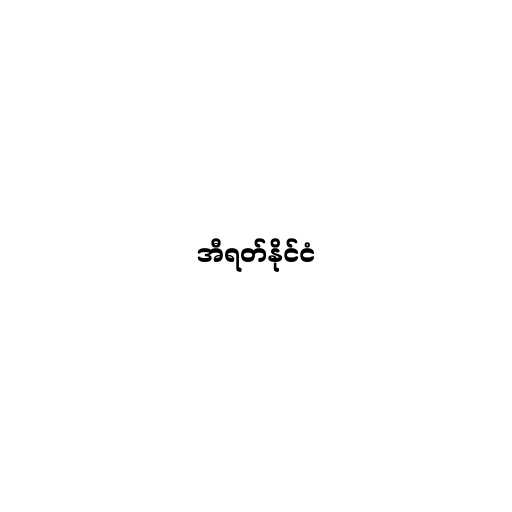
အီရတ်နိုင်ငံ